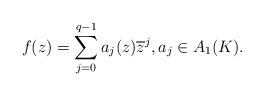
LaTeX: \begin{align*}f(z) = \sum_{j=0}^{q-1}a_j(z)\overline z^j, a_j\in A_1(K). \end{align*}